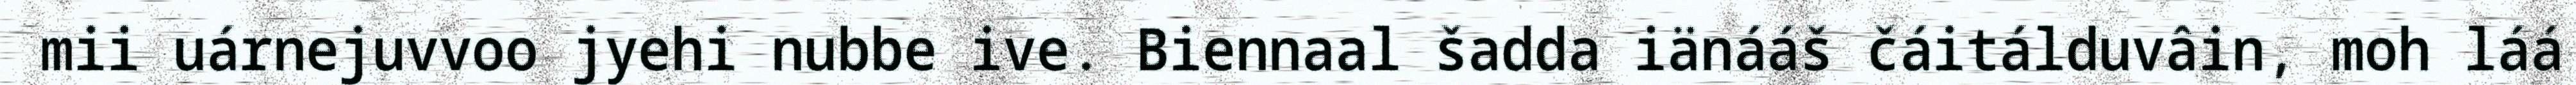
mii uárnejuvvoo jyehi nubbe ive. Biennaal šadda iänááš čáitálduvâin, moh láá